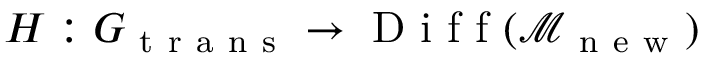
H : G _ { \mathrm { ~ t ~ r ~ a ~ n ~ s ~ } } \to \mathrm { ~ D ~ i ~ f ~ f ~ } ( \mathcal { M } _ { \mathrm { ~ n ~ e ~ w ~ } } )